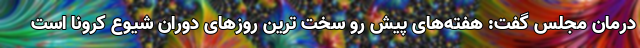
درمان مجلس گفت: هفته‌های پیش رو سخت ترین روزهای دوران شیوع کرونا است